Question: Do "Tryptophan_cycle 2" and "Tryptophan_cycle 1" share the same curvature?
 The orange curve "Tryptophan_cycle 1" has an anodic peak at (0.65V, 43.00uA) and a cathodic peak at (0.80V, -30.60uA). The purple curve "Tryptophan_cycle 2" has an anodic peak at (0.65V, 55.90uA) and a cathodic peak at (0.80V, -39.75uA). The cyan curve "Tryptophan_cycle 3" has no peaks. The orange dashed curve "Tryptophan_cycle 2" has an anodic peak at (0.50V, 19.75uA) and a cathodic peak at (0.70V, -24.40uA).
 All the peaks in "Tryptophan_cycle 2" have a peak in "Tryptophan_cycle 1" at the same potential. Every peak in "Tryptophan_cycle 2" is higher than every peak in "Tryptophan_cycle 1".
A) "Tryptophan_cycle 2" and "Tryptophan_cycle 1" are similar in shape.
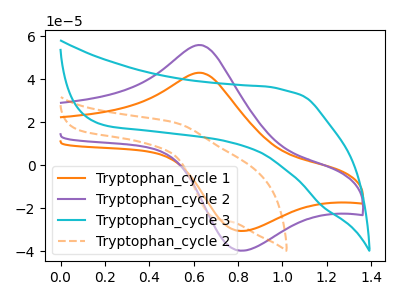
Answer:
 <answer>A) "Tryptophan_cycle 2" and "Tryptophan_cycle 1" are similar in shape.</answer>
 <eval>A</eval>